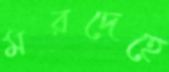
মরদেহে